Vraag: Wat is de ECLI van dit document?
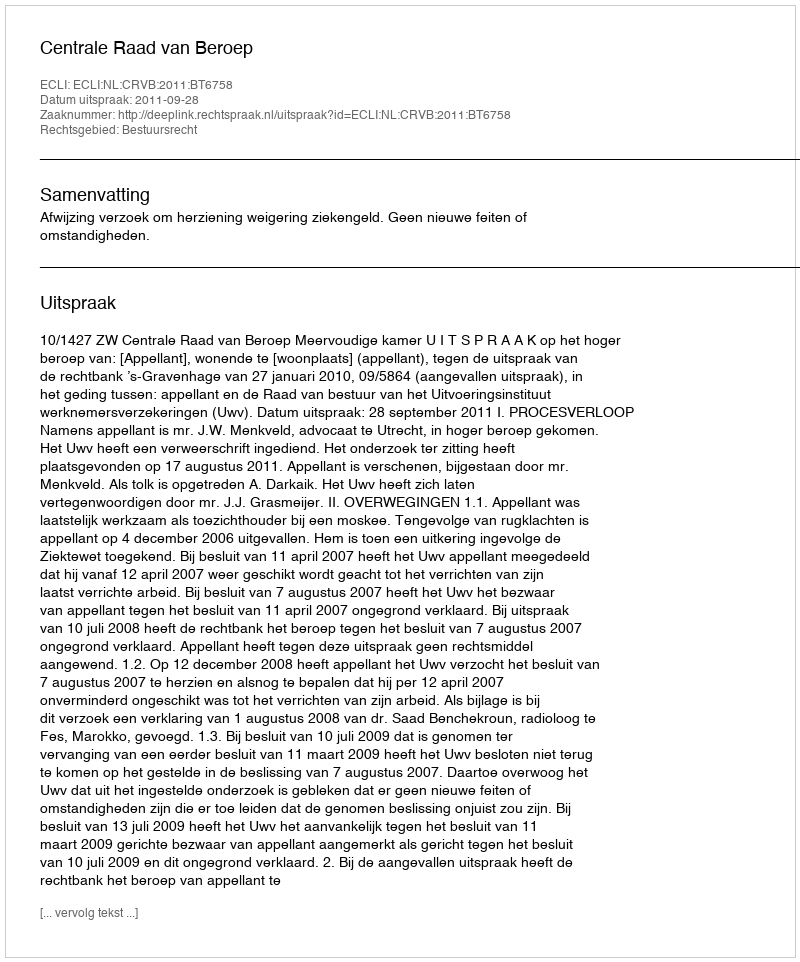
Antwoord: ECLI:NL:CRVB:2011:BT6758